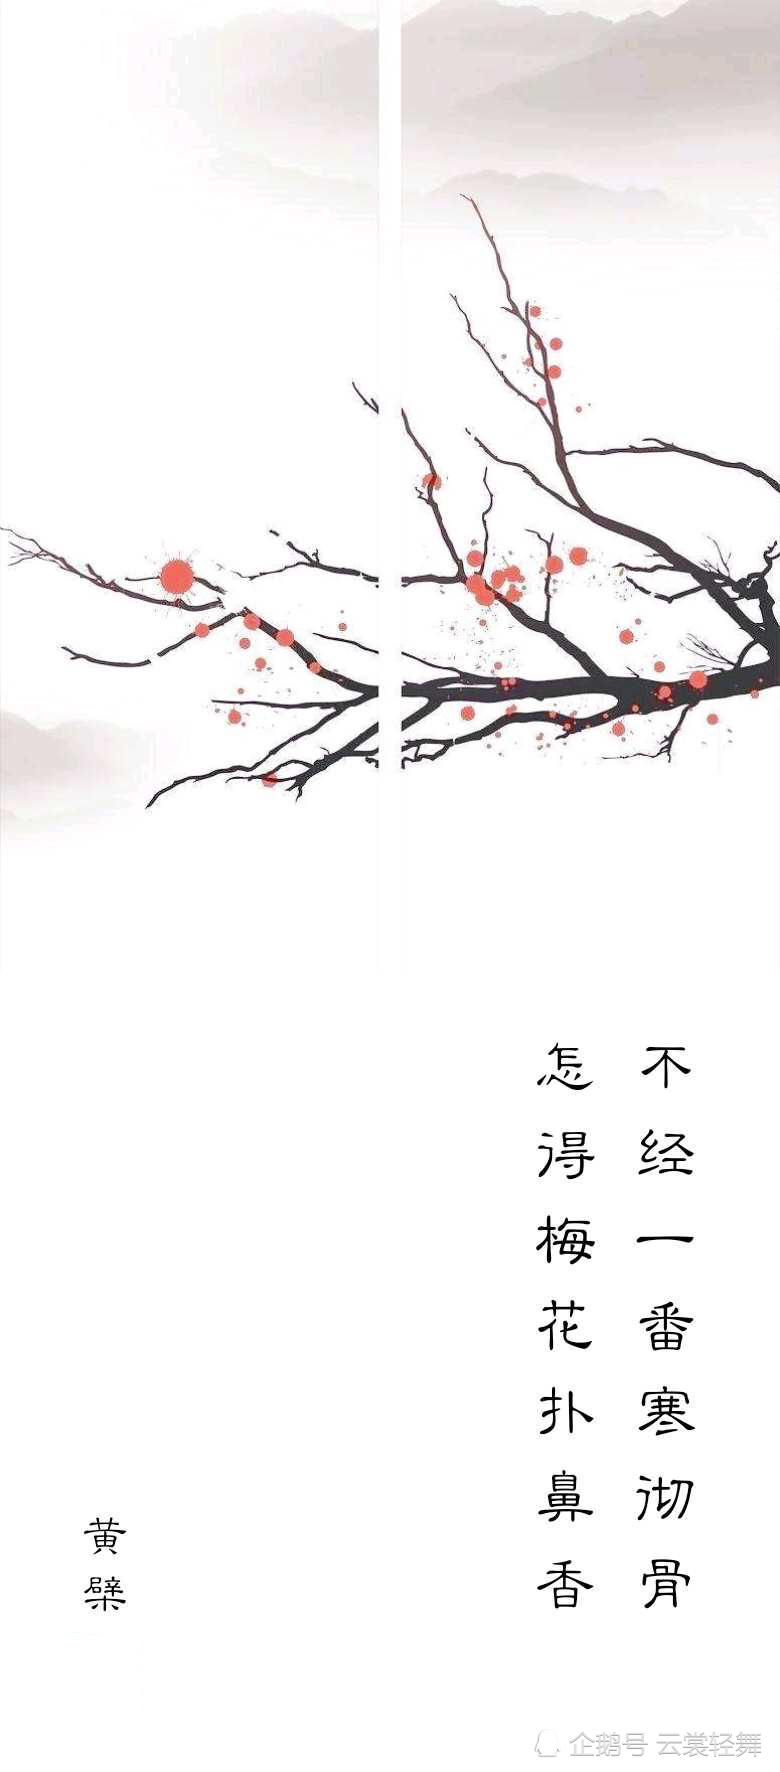
不经一番寒彻骨，怎得梅花扑鼻香。